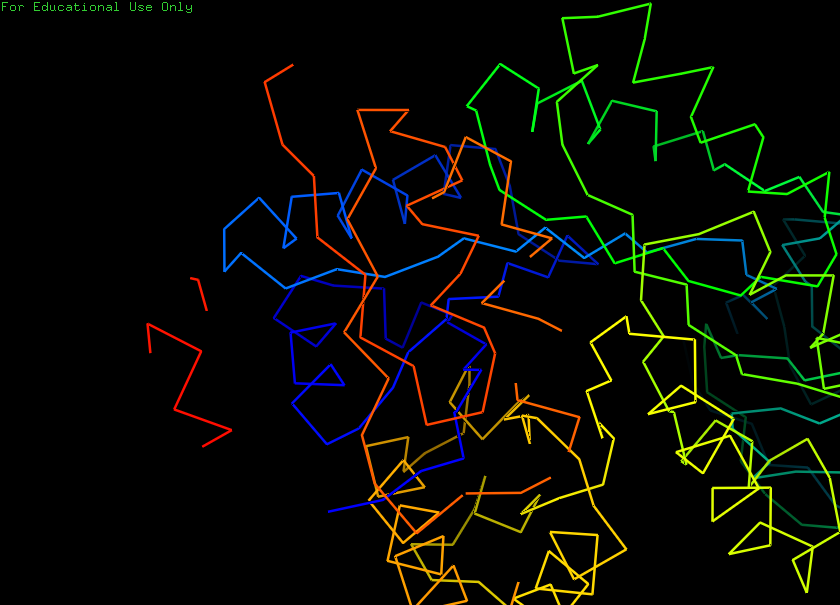
pymol, preset, ligands